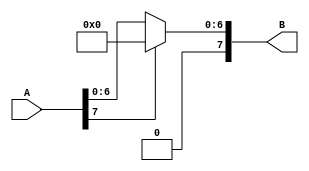
`timescale 1ns / 1ps

module ReLU(
    input       [7:0]      A  ,
    output      [7:0]      B   
);

    assign B = A[7] == 1'b0 ? A : 8'b0;

endmodule